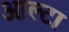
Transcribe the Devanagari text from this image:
आल्टा